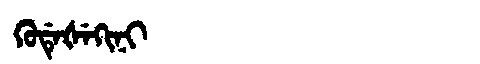
Manchu: ᡴᡠᡩᡝᡧᡝᡴᡳᠨᡳ
Romanization: KUDEŠEKINI